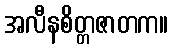
အလီနစိတ္တဇာတက။